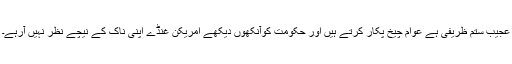
عجیب ستم ظریفی ہے عوام چیخ پکار کرتے ہیں اور حکومت کوآنکھوں دیکھے امریکن غنڈے اپنی ناک کے نیچے نظر نہیں آرہے۔